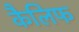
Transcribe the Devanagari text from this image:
कैलिफ